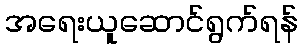
အရေးယူဆောင်ရွက်ရန်